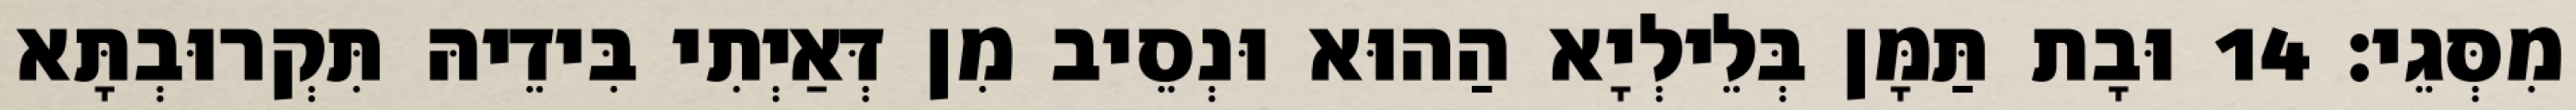
מִסְּגֵי׃ 14 וּבָת תַּמָּן בְּלֵילְיָא הַהוּא וּנְסֵיב מִן דְּאַיְתִי בִּידֵיהּ תִּקְרוּבְתָּא